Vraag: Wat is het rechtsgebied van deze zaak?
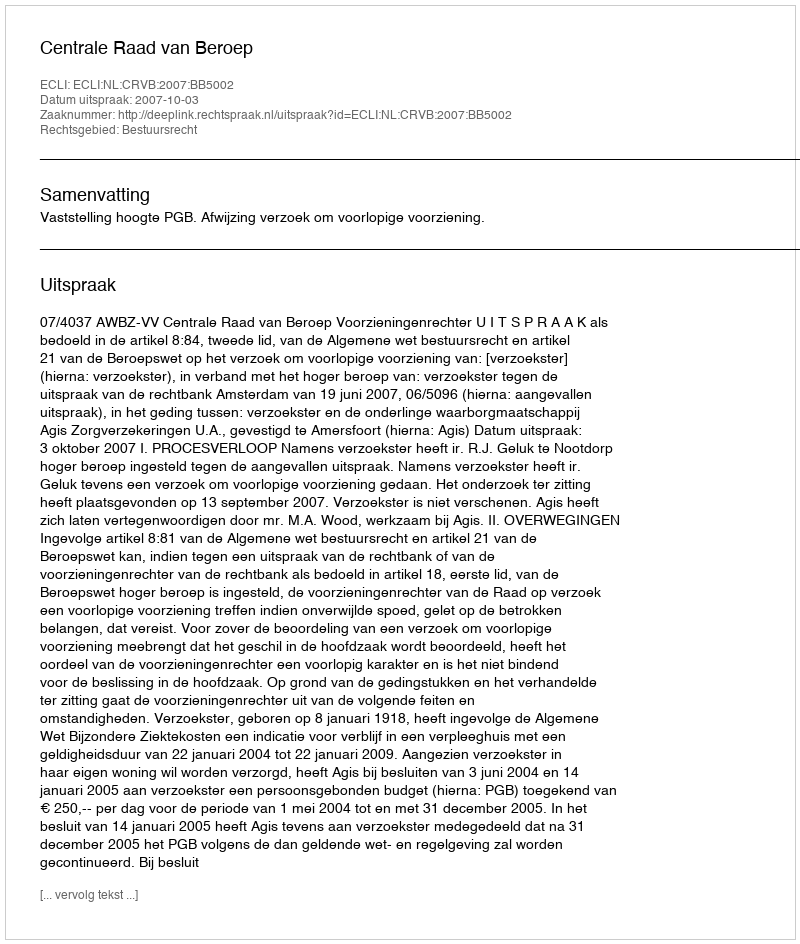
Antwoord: Bestuursrecht